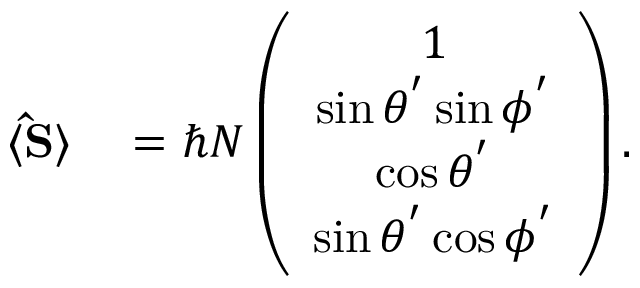
\begin{array} { r l } { \langle { \bf \hat { S } } \rangle } & { { } = \hbar N \left( \begin{array} { c } { 1 } \\ { \sin \theta ^ { ' } \sin \phi ^ { ' } } \\ { \cos \theta ^ { ' } } \\ { \sin \theta ^ { ' } \cos \phi ^ { ' } } \end{array} \right) . } \end{array}